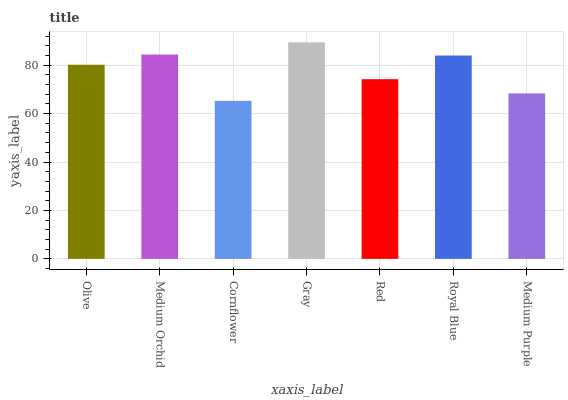
| xaxis_label | bars |
 | --- | --- |
 | Olive | 80.2 |
 | Medium Orchid | 84.4 |
 | Cornflower | 65.3 |
 | Gray | 89.4 |
 | Red | 74.2 |
 | Royal Blue | 84 |
 | Medium Purple | 68.3 |